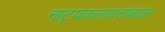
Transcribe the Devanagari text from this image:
नाट्यकलावंतांबद्दल